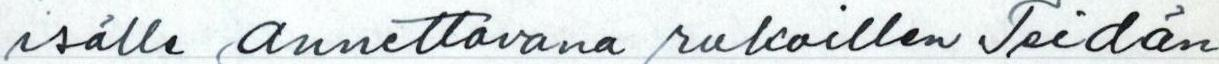
isälle annettava rukoillen Teidän